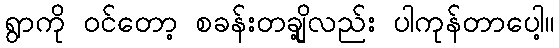
ရွာကို ဝင်တော့ စခန်းတချို့လည်း ပါကုန်တာပေါ့။